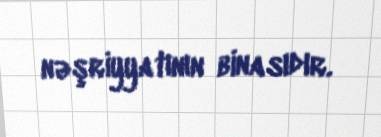
nəşriyyatının binasıdır.